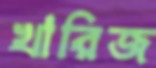
খারিজ